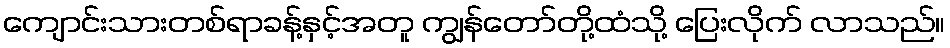
ကျောင်းသားတစ်ရာခန့်နှင့်အတူ ကျွန်တော်တို့ထံသို့ ပြေးလိုက် လာသည်။